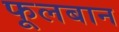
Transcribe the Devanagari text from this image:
फूलबान